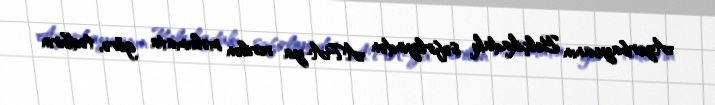
Azərbaycanın Belçikadakı səfirliyindən APA-ya verilən məlumata görə, tədbirin